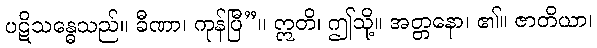
ပဋိသန္ဓေသည်။ ခီဏာ၊ ကုန်ပြီ”။ ဣတိ၊ ဤသို့။ အတ္တနော၊ ၏။ ဇာတိယာ၊